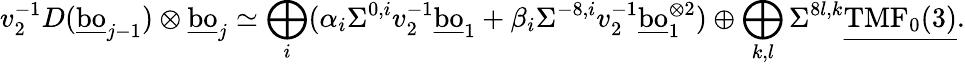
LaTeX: v_{2}^{-1}D(\underline{{\mathrm{bo}}}_{j-1})\otimes\underline{{\mathrm{bo}}}_{j}\simeq\bigoplus_{i}(\alpha_{i}\Sigma^{0,i}v_{2}^{-1}\underline{{\mathrm{bo}}}_{1}+\beta_{i}\Sigma^{-8,i}v_{2}^{-1}\underline{{\mathrm{bo}}}_{1}^{\otimes{2}})\oplus\bigoplus_{k,l}\Sigma^{8l,k}\underline{{\mathrm{TMF}_{0}(3)}}.